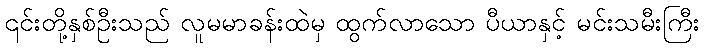
၎င်းတို့နှစ်ဦးသည် လူမမာခန်းထဲမှ ထွက်လာသော ပီယာနှင့် မင်းသမီးကြီး